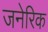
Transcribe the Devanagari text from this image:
जनेरिक